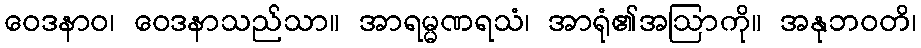
ဝေဒနာဝ၊ ဝေဒနာသည်သာ။ အာရမ္မဏရသံ၊ အာရုံ၏အဩာကို။ အနုဘဝတိ၊